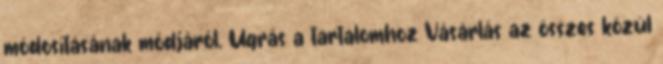
módosításának módjáról. Ugrás a tartalomhoz Vásárlás az összes közül